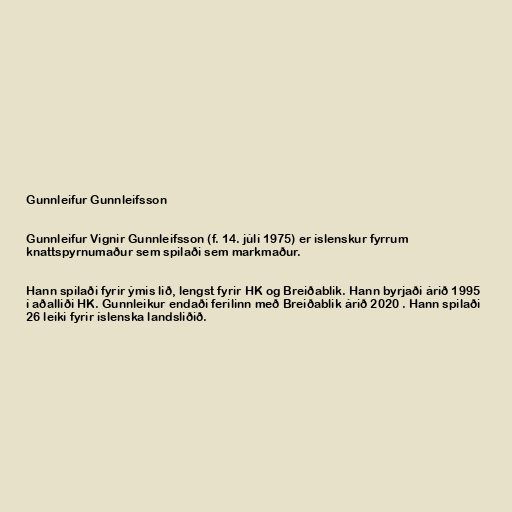
Gunnleifur Gunnleifsson

Gunnleifur Vignir Gunnleifsson (f. 14. júlí 1975) er íslenskur fyrrum
knattspyrnumaður sem spilaði sem markmaður.

Hann spilaði fyrir ýmis lið, lengst fyrir HK og Breiðablik. Hann byrjaði árið 1995
í aðalliði HK. Gunnleikur endaði ferilinn með Breiðablik árið 2020 . Hann spilaði
26 leiki fyrir íslenska landsliðið.